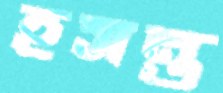
হসন্ত